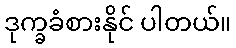
ဒုက္ခခံစားနိုင် ပါတယ်။